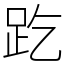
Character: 趷